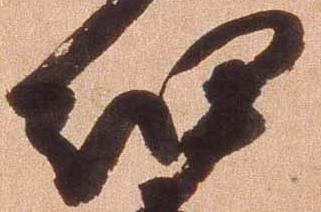
細